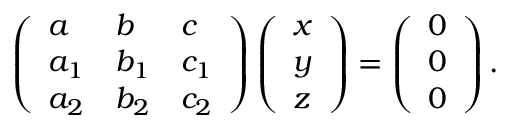
\left( { \begin{array} { l l l } { a } & { b } & { c } \\ { a _ { 1 } } & { b _ { 1 } } & { c _ { 1 } } \\ { a _ { 2 } } & { b _ { 2 } } & { c _ { 2 } } \end{array} } \right) \left( { \begin{array} { l } { x } \\ { y } \\ { z } \end{array} } \right) = \left( { \begin{array} { l } { 0 } \\ { 0 } \\ { 0 } \end{array} } \right) .